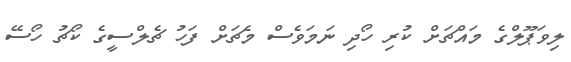
ލިވަޕޫލްގެ މައްޗަށް ކުރި ހޯދި ނަމަވެސް މެޗަށް ފަހު ޗެލްސީގެ ކޯޗު ހޯސޭ